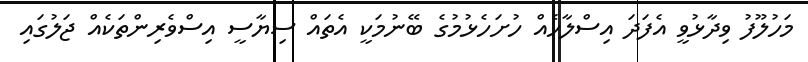
މަހުލޫފު ވިދާޅުވީ އެފަދަ އިސްލާހެއް ހުށަހެޅުމުގެ ބޭނުމަކީ އެތައް ސިޔާސީ އިސްވެރިންތަކެއް ޖަލުގައި